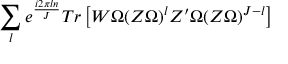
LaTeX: \sum _ { l } e ^ { \frac { i 2 \pi l n } { J } } T r \left[ W \Omega ( Z \Omega ) ^ { l } Z ^ { \prime } \Omega ( Z \Omega ) ^ { J - l } \right]